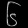
Digit: ၆